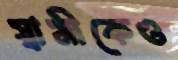
স্বামীকেও